Indian journal of veterinary science and animal husbandry - Volumes 15-17, 1948-1951
Year: 1948
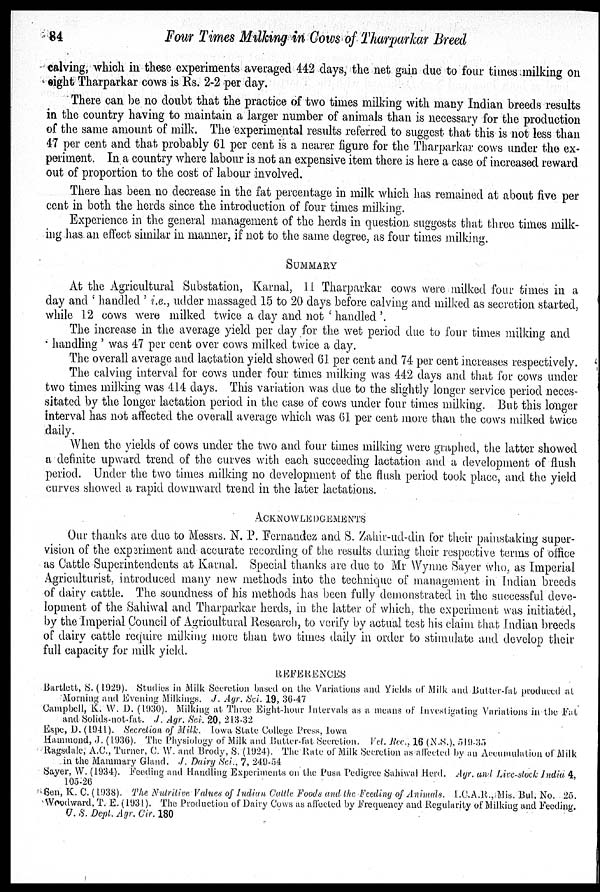
84
Four Times Milking in Cows of Tharparkar Breed
calving, which in these experiments averaged 442 days, the net gain due to four times milking on
eight Tharparkar cows is Rs. 2-2 per day.
There can be no doubt that the practice of two times milking with many Indian breeds results
in the country having to maintain a larger number of animals than is necessary for the production
of the same amount of milk. The experimental results referred to suggest that this is not less than
47 per cent and that probably 61 per cent is a nearer figure for the Tharparkar cows under the ex-
periment. In a country where labour is not an expensive item there is here a case of increased reward
out of proportion to the cost of labour involved.
There has been no decrease in the fat percentage in milk which has remained at about five per
cent in both the herds since the introduction of four times milking.
Experience in the general management of the herds in question suggests that three times milk-
ing has an effect similar in manner, if not to the same degree, as four times milking.
SUMMARY
At the Agricultural Substation, Karnal, H. Tharparkar cows were milked four times in a
day and 'haudled' i.e., udder massaged 15 to 20 days before calving and milked as secretion started,
while 12 cows were milked twice a day and not 'handled'.
The increase in the average yield per day for the wet period due to four times milking and
handling' was 47 per cent over cows milked twice a day.
The overall average and lactation yield showed 61 per cent and 74 per cent increases respectively.
The calving interval for cows under four times milking was 442 days and that for cows under
two times milking was 414 days. This variation was due to the slightly longer service period neces-
sitated by the longer lactation period in the case of cows under four times milking. But this longer
interval has not affected the overall average which was 61 per cent more than the cows milked twice
daily.
When the yields of cows under the two and four times milking were graphed, the latter showed
a definite upward trend of the curves with each succeeding lactation and a development of flush
period. Under the two times milking no development of the flush period took place, and the yield
curves showed a rapid downward trend in the later lactations.
ACKNOWLEDGEMENTS
Our thanks are due to Messrs. N. P. Fernandez and S. Zahir-ud-din for their painstaking super-
vision of the experiment and accurate recording of the results during their respective terms of office
as Cattle Superintendents at Karnal. Special thanks are due to Mr Wynne Sayer who, as Imperial
Agriculturist, introduced many new methods into the technique of management in Indian breeds
of dairy cattle. The soundness of his methods has been fully demonstrated in the successful deve-
lopment of the (Sahiwal and Tharparkar herds, in the latter of which, the experiment was initiated,
by the Imperial Council of Agricultural Research, to verify by actual test his claim that Indian breeds
of dairy cattle require milking more than two times daily in order to stimulate and develop their
full capacity for milk yield.
REFERENCES
Bartlett, S. (1929). Studies in Milk Secretion based on the Variations and Yields of Milk and Butter-fat produced at
Morning and Evening Milkings. J. Agr. Sci. 19, 36-47
Campbell, K. W. D. (1930). Milking at Three Eight hour Intervals as a means of Investigating Variations in the Fat
and Solids-not-fat. J. Agr. Sci. 20, 213-32
Espe, D. (1941). Secretion of Milk. Iowa State College Press, Iowa
Hammond, J. (1936). The Physiology of Milk and Butter-fat Secretion. Vd. Bec. 16 (N.S.), 519-35
Ragsdale, A.C., Turner, C. W. and Brody, S. (1924). The Rate of Milk Secretion as affected by an Accumulation of Milk
in the Mammary Gland. J. Dairy Sci., 7, 249-54
Sayer, W. (1934). Feeding and Handling Experiments on the Pusa Pedigree Sahiwal Herd. Agr. and Live-stock India 4,
105-26
Sen, K. C. (1938). The Nutrilice Values of Indian Cattle Foods and the Feeding of Animals. I.C.A.R., Mis. Bul. No. 25.
Woodward. T. E. (1931). The Production of Dairy Cows as affected by Frequency and Regularity of Milking and Feeding.
U. S. Dept. Agr. Cir. 180